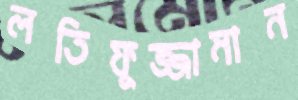
লতিফুজ্জামান